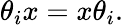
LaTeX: \theta_{i}x=x\theta_{i}.